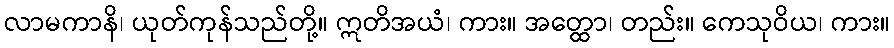
လာမကာနိ၊ ယုတ်ကုန်သည်တို့။ ဣတိအယံ၊ ကား။ အတ္ထော၊ တည်း။ ကေသုဝိယ၊ ကား။